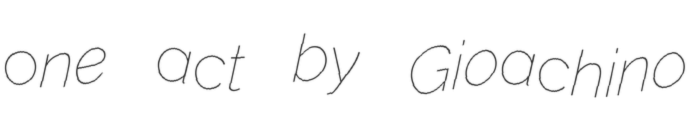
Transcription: one act by Gioachino